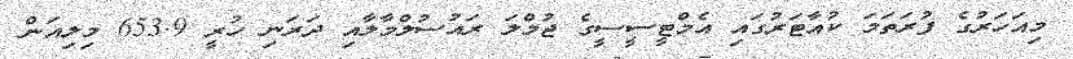
މިއަހަރުގެ ފުރަތަމަ ކުއާޓަރުގައި އެމްޓީސީސީގެ ޖުމްލަ ރައުސުލްމާލާއި ދަރަނި ހުރީ 653.9 މިލިއަން